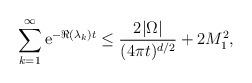
LaTeX: \begin{align*} \sum_{k=1}^{\infty}\mathrm{e}^{-\Re(\lambda_{k})t}\leq \frac{2|\Omega|}{(4\pi t)^{d/2}}+2M_{1}^{2},\end{align*}